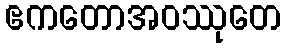
ဧကတောအဝဿုတေ